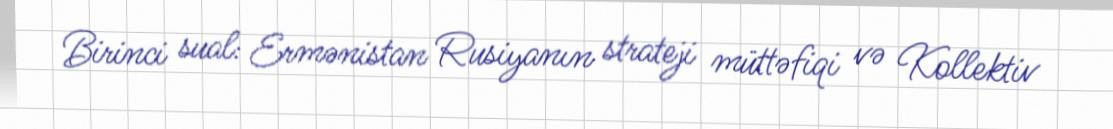
Birinci sual: Ermənistan Rusiyanın strateji müttəfiqi və Kollektiv